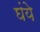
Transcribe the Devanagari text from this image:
घंये